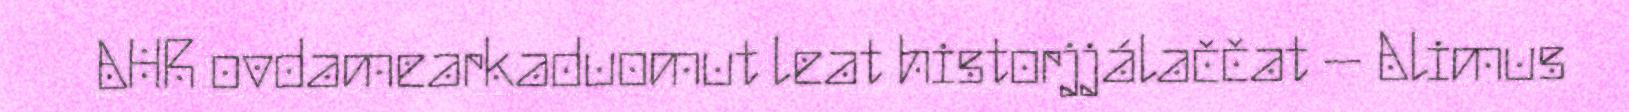
AHR ovdamearkaduomut leat historjjálaččat – Alimus